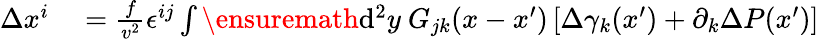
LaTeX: \begin{array}{rl}{\Delta x^{i}}&{{}=\frac{f}{v^{2}}\epsilon^{ij}\int\ensuremath{\operatorname{d}\! {}^{2}}y\ G_{jk}(x-x^{\prime})\left[\Delta\gamma_{k}(x^{\prime})+\partial_{k}\Delta P(x^{\prime})\right]\, }\end{array}